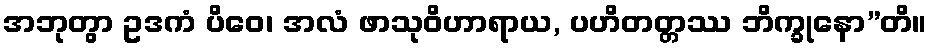
အဘုတွာ ဥဒကံ ပိဝေ၊ အလံ ဖာသုဝိဟာရာယ, ပဟိတတ္တဿ ဘိက္ခုနော”တိ။